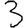
Digit: 3